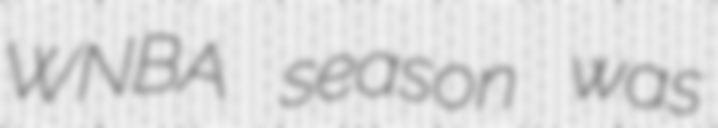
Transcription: WNBA season was